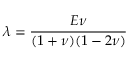
\lambda = \frac { E \nu } { ( 1 + \nu ) ( 1 - 2 \nu ) }